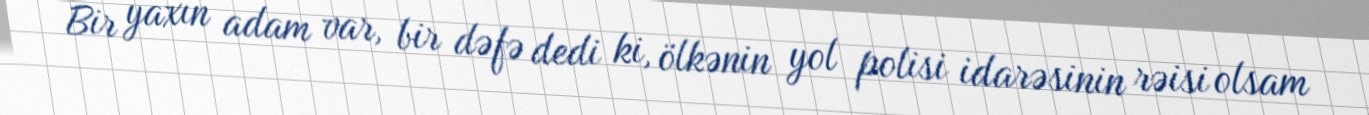
Bir yaxın adam var, bir dəfə dedi ki, ölkənin yol polisi idarəsinin rəisi olsam